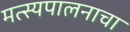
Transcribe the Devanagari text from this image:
मत्स्यपालनाचा